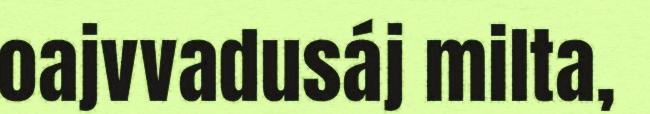
oajvvadusáj milta,